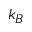
k _ { B }